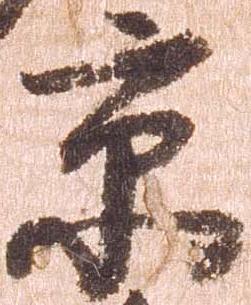
京